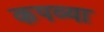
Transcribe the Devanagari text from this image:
कपव्या